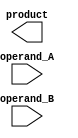
module Radix4_Multiplier(
    input wire [7:0] operand_A,
    input wire [7:0] operand_B,
    output reg [15:0] product
);

reg [15:0] partial_prod_1, partial_prod_2, partial_prod_3, partial_prod_4;

// Multiplier modules
assign partial_prod_1 = operand_A[3:0] * operand_B[3:0];
assign partial_prod_2 = operand_A[7:4] * operand_B[7:4];
assign partial_prod_3 = operand_A[11:8] * operand_B[11:8];
assign partial_prod_4 = operand_A[15:12] * operand_B[15:12];

// Accumulator module
always @*
begin
    product = partial_prod_1 + (partial_prod_2 << 4) + (partial_prod_3 << 8) + (partial_prod_4 << 12);
end

endmodule